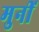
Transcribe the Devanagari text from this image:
मुनीं